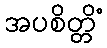
အပစိတ္တိံ